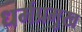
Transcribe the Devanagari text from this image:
धर्मप्रमुख